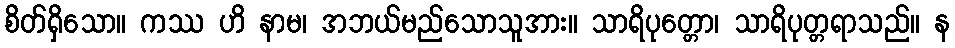
စိတ်ရှိသော။ ကဿ ဟိ နာမ၊ အဘယ်မည်သောသူအား။ သာရိပုတ္တော၊ သာရိပုတ္တရာသည်။ န